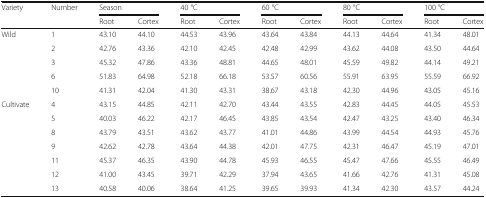
<table><thead><tr><td rowspan="2"><b>Variety</b></td><td rowspan="2"><b>Number</b></td><td colspan="2"><b>Season</b></td><td colspan="2"><b>40 °C</b></td><td colspan="2"><b>60 °C</b></td><td colspan="2"><b>80 °C</b></td><td colspan="2"><b>100 °C</b></td></tr><tr><td><b>Root</b></td><td><b>Cortex</b></td><td><b>Root</b></td><td><b>Cortex</b></td><td><b>Root</b></td><td><b>Cortex</b></td><td><b>Root</b></td><td><b>Cortex</b></td><td><b>Root</b></td><td><b>Cortex</b></td></tr></thead><tbody><tr><td rowspan="5">Wild</td><td>1</td><td>43.10</td><td>44.10</td><td>44.53</td><td>43.96</td><td>43.64</td><td>43.84</td><td>44.13</td><td>44.64</td><td>41.34</td><td>48.01</td></tr><tr><td>2</td><td>42.76</td><td>43.36</td><td>42.10</td><td>42.45</td><td>42.48</td><td>42.99</td><td>43.62</td><td>44.08</td><td>43.50</td><td>44.64</td></tr><tr><td>3</td><td>45.32</td><td>47.86</td><td>43.36</td><td>48.81</td><td>44.65</td><td>48.01</td><td>45.59</td><td>49.82</td><td>44.14</td><td>49.21</td></tr><tr><td>6</td><td>51.83</td><td>64.98</td><td>52.18</td><td>66.18</td><td>53.57</td><td>60.56</td><td>55.91</td><td>63.95</td><td>55.59</td><td>66.92</td></tr><tr><td>10</td><td>41.31</td><td>42.04</td><td>41.30</td><td>43.31</td><td>38.67</td><td>43.18</td><td>42.30</td><td>44.96</td><td>43.05</td><td>45.16</td></tr><tr><td rowspan="7">Cultivate</td><td>4</td><td>43.15</td><td>44.85</td><td>42.11</td><td>42.70</td><td>43.44</td><td>43.55</td><td>42.83</td><td>44.45</td><td>44.05</td><td>45.53</td></tr><tr><td>5</td><td>40.03</td><td>46.22</td><td>42.17</td><td>46.45</td><td>43.85</td><td>43.54</td><td>42.47</td><td>43.25</td><td>43.40</td><td>46.34</td></tr><tr><td>8</td><td>43.79</td><td>43.51</td><td>43.62</td><td>43.77</td><td>41.01</td><td>44.86</td><td>43.99</td><td>44.54</td><td>44.93</td><td>45.76</td></tr><tr><td>9</td><td>42.62</td><td>42.78</td><td>43.64</td><td>44.38</td><td>42.01</td><td>47.75</td><td>42.31</td><td>46.47</td><td>45.19</td><td>47.01</td></tr><tr><td>11</td><td>45.37</td><td>46.35</td><td>43.90</td><td>44.78</td><td>45.93</td><td>46.55</td><td>45.47</td><td>47.66</td><td>45.55</td><td>46.49</td></tr><tr><td>12</td><td>41.00</td><td>43.45</td><td>39.71</td><td>42.29</td><td>37.94</td><td>43.65</td><td>41.66</td><td>42.76</td><td>41.31</td><td>45.08</td></tr><tr><td>13</td><td>40.58</td><td>40.06</td><td>38.64</td><td>41.25</td><td>39.65</td><td>39.93</td><td>41.34</td><td>42.30</td><td>43.57</td><td>44.24</td></tr></tbody></table>